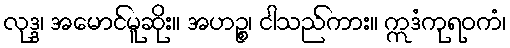
လုဒ္ဒ၊ အမောင်မူဆိုး။ အဟဉ္စ၊ ငါသည်ကား။ ဣဒံကုရဝကံ၊